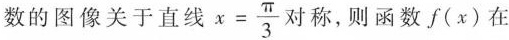
数的图像关于直线 $$x = \frac { \pi } { 3 }$$ 对称，则函数f(x)在